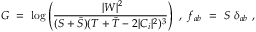
{ \cal G } ~ = ~ \log \left( \frac { ~ | W | ^ { 2 } } { ( S + { \bar { S } } ) ( T + { \bar { T } } - 2 | C _ { i } | ^ { 2 } ) ^ { 3 } } \right) ~ , ~ f _ { a b } ~ = ~ S ~ \delta _ { a b } ~ , ~